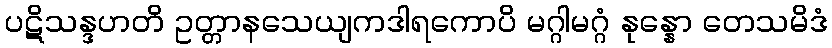
ပဋိသန္ဒဟတိ ဥတ္တာနသေယျကဒါရကောပိ မဂ္ဂါမဂ္ဂံ နုန္နော တေသမိဒံ